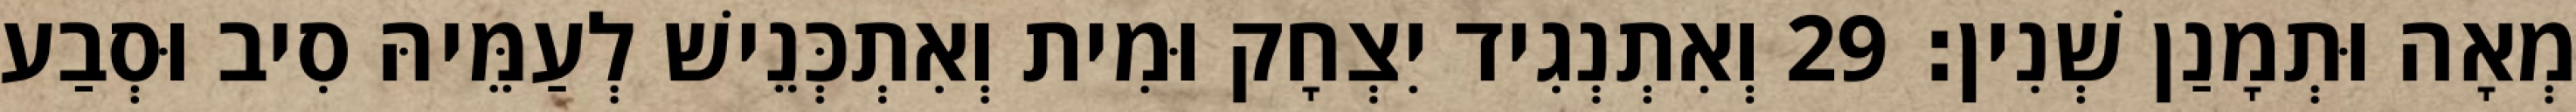
מְאָה וּתְמָנַן שְׁנִין׃ 29 וְאִתְנְגִיד יִצְחָק וּמִית וְאִתְכְּנֵישׁ לְעַמֵּיהּ סִיב וּסְבַע